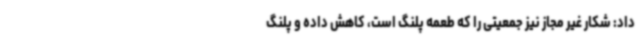
داد: شکار غیر مجاز نیز جمعیتی را که طعمه‌ پلنگ است، کاهش داده و پلنگ